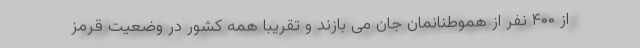
از ۴۰۰ نفر از هموطنانمان جان می بازند و تقریبا همه کشور در وضعیت قرمز